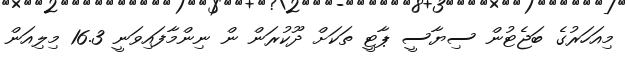
މިއަހަރުގެ ބަޖެޓުން ސިޔާސީ ޕާޓީ ތަކަށް ދޫކުރަން ން ނިންމާފައިވަނީ 16.3 މިލިއަން